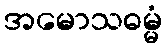
အမောသဓမ္မံ